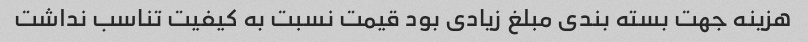
هزینه جهت بسته بندی مبلغ زیادی بود قیمت نسبت به کیفیت تناسب نداشت